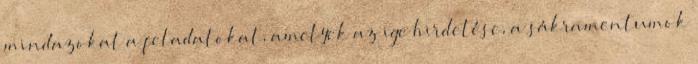
mindazokat a feladatokat, amelyek az ige hirdetése, a sákramentumok